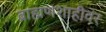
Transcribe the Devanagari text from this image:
ब्राह्मणशाहीवर